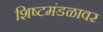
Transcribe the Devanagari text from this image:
शिष्टमंडळावर